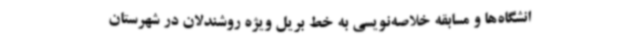
انشگاه‌ها و مسابقه خلاصه‌نویسی به خط بریل ویژه روشندلان در شهرستان